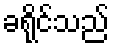
ခရိုင်သည်